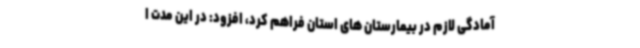
آمادگی لازم در بیمارستان های استان فراهم کرد، افزود: در این مدت ا